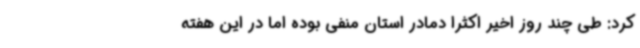
کرد: طی چند روز اخیر اکثراً دمادر استان منفی بوده اما در این هفته